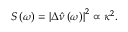
S \left( \omega \right) = \left| \Delta \hat { \nu } \left( \omega \right) \right| ^ { 2 } \propto \kappa ^ { 2 } .